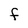
Character: f